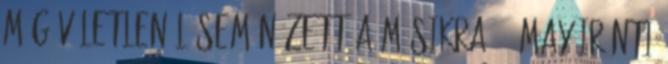
még véletlenül sem nézett a másikra. – May iránti